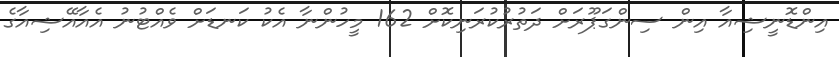
އިންޑޮނީޝިއާ އިން ސިންގަޕޫރަށް ދަތުރުކުރަނިކޮށް 162 މީހުންނާ އެކު ކަނޑަށް ވެއްޓުނު އެއާއޭޝިއާގެ